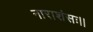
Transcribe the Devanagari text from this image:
नाराशंसः।।